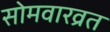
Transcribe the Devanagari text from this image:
सोमवारव्रत